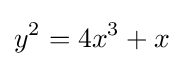
y^{2}=4x^{3}+x